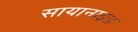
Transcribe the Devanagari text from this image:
सायानाइड